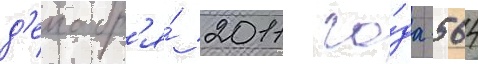
д'екабр'я́ 2011 го́да 564